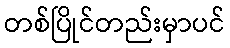
တစ်ပြိုင်တည်းမှာပင်